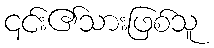
၎င်း၏သားဖြစ်သူ